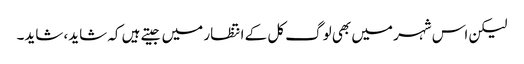
لیکن اس شہر میں بھی لوگ کل کے انتظار میں جیتے ہیں کہ شاید، شاید۔